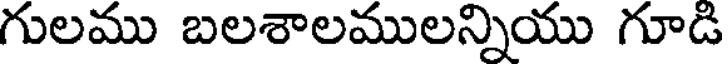
గులము బలశాలములన్నియు గూడి